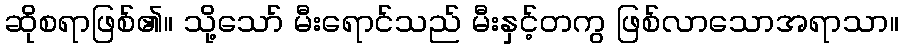
ဆိုစရာဖြစ်၏။ သို့သော် မီးရောင်သည် မီးနှင့်တကွ ဖြစ်လာသောအရာသာ။